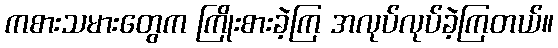
ကစားသမားတွေက ကြိုးစားခဲ့ကြ အလုပ်လုပ်ခဲ့ကြတယ်။